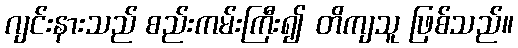
ဂျင်းနားသည် စည်းကမ်းကြီး၍ တိကျသူ ဖြစ်သည်။